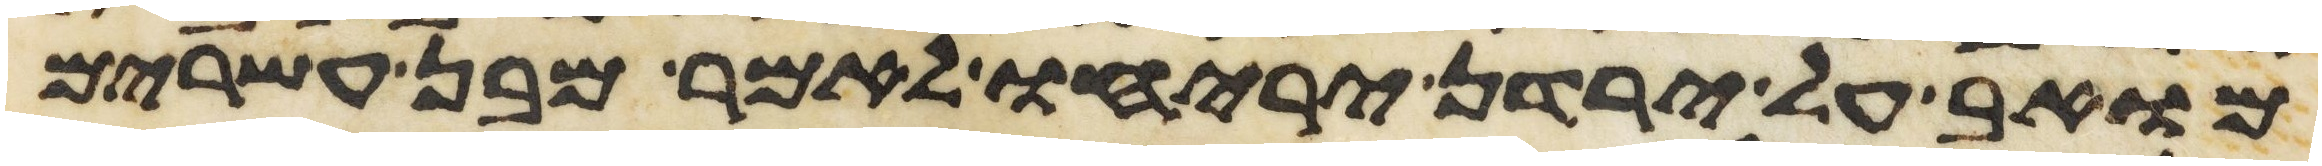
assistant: מואב על ירדן יריחו לאמר מבן עשרים